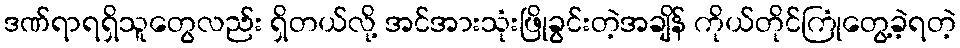
ဒဏ်ရာရရှိသူတွေလည်း ရှိတယ်လို့ အင်အားသုံးဖြိုခွင်းတဲ့အချိန် ကိုယ်တိုင်ကြုံတွေ့ခဲ့ရတဲ့